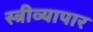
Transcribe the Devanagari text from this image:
स्त्रीव्यापार